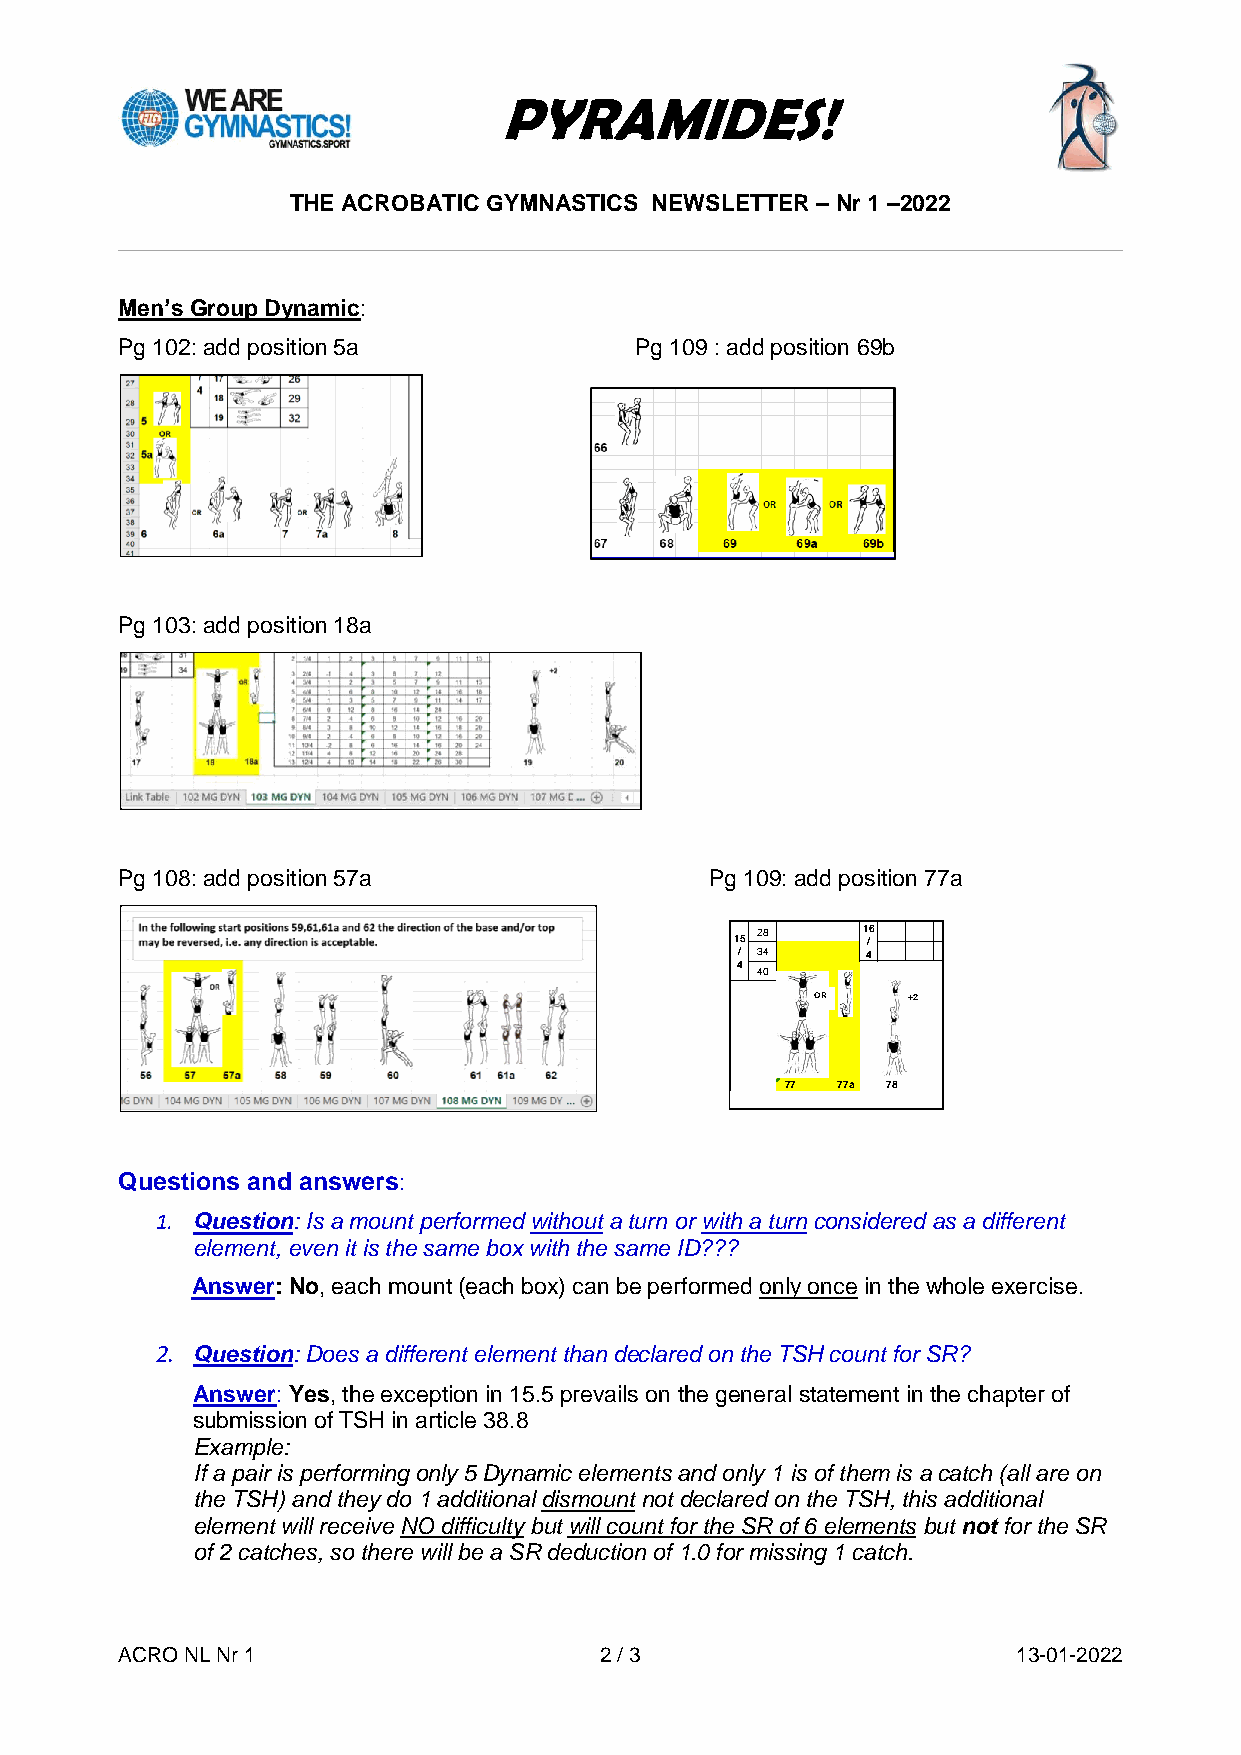
PYRAMIDES!
 THE ACROBATIC GYMNASTICS NEWSLETTER – Nr 1 –2022
 Men’s Group Dynamic:
 Pg 102: add position 5a           Pg 109 : add position 69b
 Pg 103: add position 18a
 Pg 108: add position 57a               Pg 109: add position 77a
 Questions and answers:
 1. Question: Is a mount performed without a turn or with a turn considered as a different
 element, even it is the same box with the same ID???
 Answer: No, each mount (each box) can be performed only once in the whole exercise.
 2. Question: Does a different element than declared on the TSH count for SR?
 Answer: Yes, the exception in 15.5 prevails on the general statement in the chapter of
 submission of TSH in article 38.8
 Example:
 If a pair is performing only 5 Dynamic elements and only 1 is of them is a catch (all are on
 the TSH) and they do 1 additional dismount not declared on the TSH, this additional
 element will receive NO difficulty but will count for the SR of 6 elements but not for the SR
 of 2 catches, so there will be a SR deduction of 1.0 for missing 1 catch.
 ACRO NL Nr 1                    2 / 3                      13-01-2022
 15/4 28
 34
 40
 77
 OR
 77a
 16/4
 78
 +2